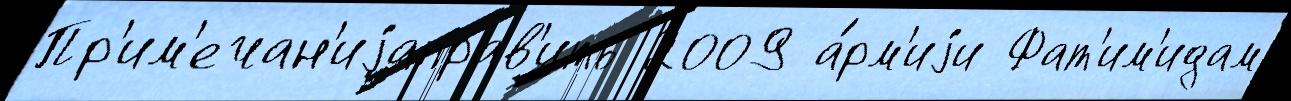
Пр'им'ечан'иjаправ'ить 2009 а́рм'иjи Фат'им'идам